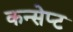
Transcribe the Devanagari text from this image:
कन्सेप्ट